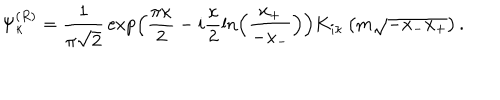
\Psi _ { \kappa } ^ { ( R ) } = \frac 1 { \pi \sqrt { 2 } } \, \exp \left( \frac { \pi \kappa } 2 - i \frac { \kappa } 2 \ln \left( \frac { x _ { + } } { - x _ { - } } \right) \right) K _ { i \kappa } \left( m \sqrt { - x _ { - } x _ { + } } \right) .